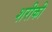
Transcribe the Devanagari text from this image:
शरीकी